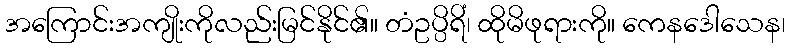
အကြောင်းအကျိုးကိုလည်းမြင်နိုင်၏။ တံဥပ္ပိရိံ၊ ထိုမိဖုရားကို။ ကေနဒေါသေန၊